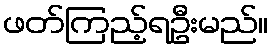
ဖတ်ကြည့်ရဦးမည်။